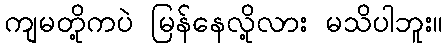
ကျမတို့ကပဲ မြန်နေလို့လား မသိပါဘူး။